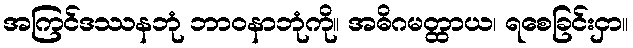
အကြင်ဒဿနဘုံ ဘာဝနာဘုံကို။ အဓိဂမတ္ထာယ၊ ရစေခြင်းငှာ။